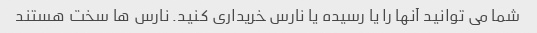
شما می توانید آنها را یا رسیده یا نارس خریداری کنید. نارس ها سخت هستند